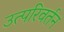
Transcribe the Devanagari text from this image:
उत्परिवर्तन